Annual administration report of the Civil Veterinary Department of India - 1898-1899
Year: 1898
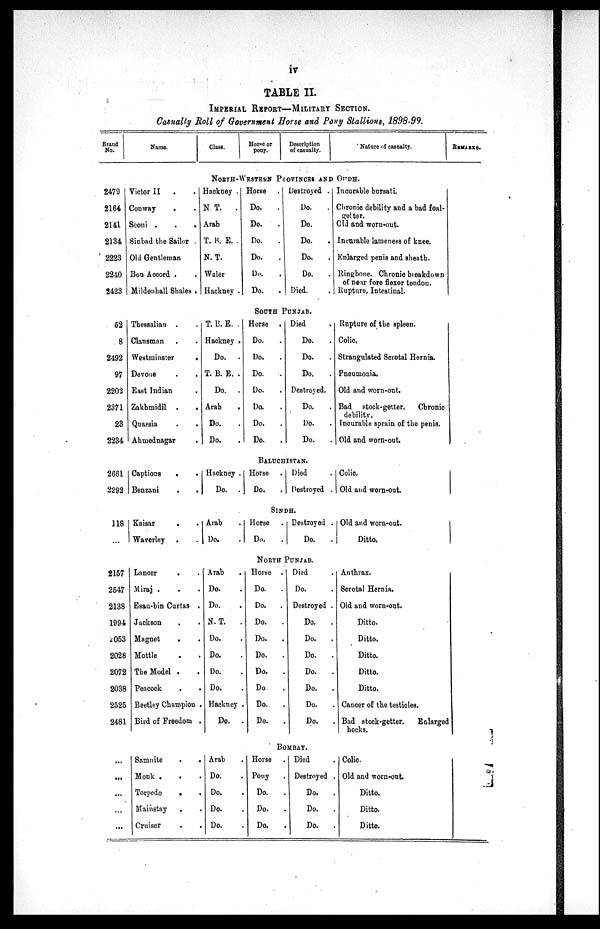
iv
TABLE II.
IMPERIAL REPORT—MILITARY SECTION.
Casualty Roll of Government Horse and Pony Stallions, 1898-99.
Brand
No.
2479
2164
2141
2134
2223
2240
2423
52
8
2492
97
2202
2371
23
2234
2661
2292
118
...
2157
2547
2138
1994
2053
2028
2072
2038
2525
2481
...
...
...
...
...
Name.
Class.
Horse or
pony.
Description
of casualty.
Nature of casualty.
NORTH-WESTERN PROVINCES AND OUDH.
Victor II
.
.
Conway . .
Seoni
.
.
.
Sinbad the Sailor
Old Gentleman
Bon Accord . .
Mildenball Shales .
Hackney .
N. T.
.
Arab
T. B. E. .
N. T.
Waler
Hackney .
Horse
Do.
Do.
Do.
Do.
Do.
Do.
.
Destroyed .
Do.
Do.
Do.
Do.
.
Do.
Died.
Incurable bursati.
Chronic debility and a bad foal-
getter.
Old and worn-out.
Incurable lameness of knee.
Enlarged penis and sheath.
Ringbone. Chronic breakdown
of near fore flexor tendon.
Rupture, Intestinal.
SOUTH PUNJAB.
Thessalian . .
Clansman . .
Westminster
.
Devoue
.
.
East Indian .
Zakhmidil
.
.
Quassia . .
Ahmednagar .
T. B.E. .
Hackney .
Do. .
T. B. E. .
Do. .
Arab
.
Do.
Do.
Horse
Do.
Do.
Do.
Do.
Do.
Do.
Do.
.
Died
Do.
Do.
Do.
Destroyed.
Do.
Do.
Do.
Rupture of the spleen.
Colic.
Strangulated Scrotal Hernia.
Pneumonia.
Old and worn-out.
Bad stock-getter.
Chronic
debility.
Incurable sprain of the penis.
Old and worn-out.
BALUCHISTAN.
Captious
. .
Benzani . .
Hackney .
Do. .
Horse
Do.
.
Died
Destroyed .
Colic.
Old and worn-out.
SINDH.
Kaisar
. .
Waverley . .
Arab.
Do.
Horse
Do.
Destroyed .
Do.
Old and worn-out.
Ditto.
NORTH
PUNJAB.
Lancer
. .
Miraj . . .
Esau-bin Curtas .
Jackson
.
.
Magnet
. .
Mottle . .
The Model . .
Peacock . .
Beetley Champion .
Bird of Freedom .
Arab .
Do. .
Do. .
N. T.
.
Do. .
Do. .
Do. .
Do. .
Hackney .
Do. .
Horse .
Do.
.
Do. .
Do. .
Do. .
Do. .
Do.
.
Do.
.
Do. .
Do.
.
Died .
Do. .
Destroyed .
Do. .
Do.
.
Do. .
Do. .
Do.
.
Do. .
Do.
.
Anthrax.
Scrotal Hernia.
Old and worn-out.
Ditto.
Ditto.
Ditto.
Ditto.
Ditto.
Cancer of the testicles.
Bad stock-getter.
Enlarged
hocks.
BOMBAY.
Samnite . .
Monk . . .
Torpedo . .
Mainstay . .
Cruiser
.
.
Arab
Do.
Do.
Do.
Do.
Horse
Pony
Do.
Do.
.
Do.
Died
Destroyed .
Do.
.
Do.
Do.
Colic.
Old and worn-out.
Ditto.
Ditto.
Ditto.
REMARKS.